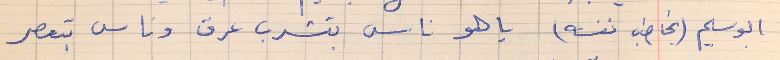
ابو سليم (يخاطب نفسه)      يا هو ناس بتشرب عرق وناس بتعصر